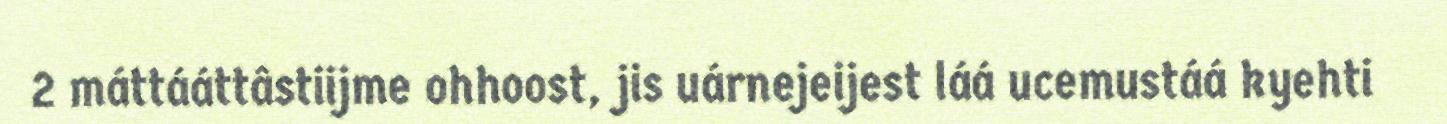
2 máttááttâstiijme ohhoost, jis uárnejeijest láá ucemustáá kyehti